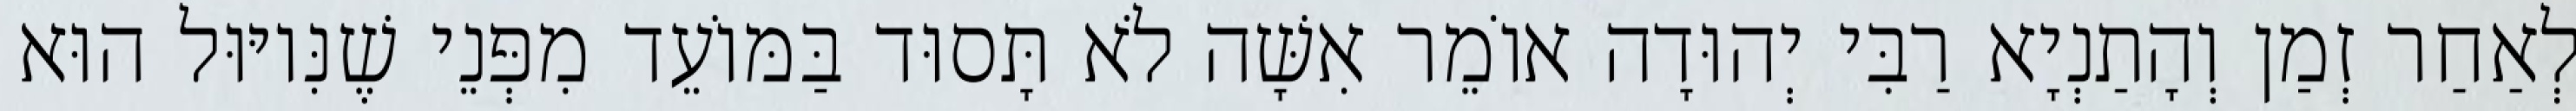
לְאַחַר זְמַן וְהָתַנְיָא רַבִּי יְהוּדָה אוֹמֵר אִשָּׁה לֹא תָּסוּד בַּמּוֹעֵד מִפְּנֵי שֶׁנִּיוּוּל הוּא